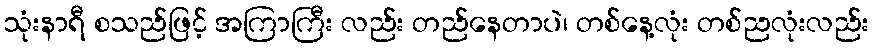
သုံးနာရီ စသည်ဖြင့် အကြာကြီး လည်း တည်နေတာပဲ၊ တစ်နေ့လုံး တစ်ညလုံးလည်း